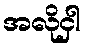
အလိုငှါ